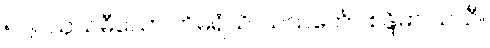
၅၂။ ဩသဓီသော ဟိမရံသိ၊ သသင်္ကော စန္ဒိမာ သသီ။